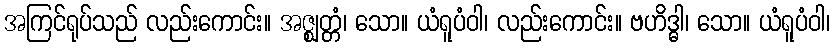
အကြင်ရုပ်သည် လည်းကောင်း။ အဇ္ဈတ္တံ၊ သော။ ယံရူပံဝါ၊ လည်းကောင်း။ ဗဟိဒ္ဓါ၊ သော။ ယံရူပံဝါ၊